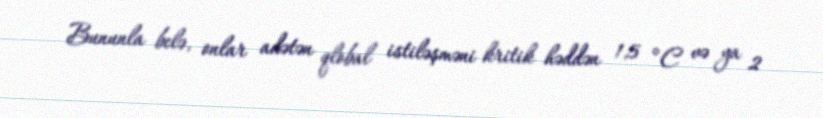
Bununla belə, onlar adətən qlobal istiləşməni kritik həddən 1,5 °C və ya 2